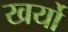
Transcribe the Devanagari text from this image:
खर्यो